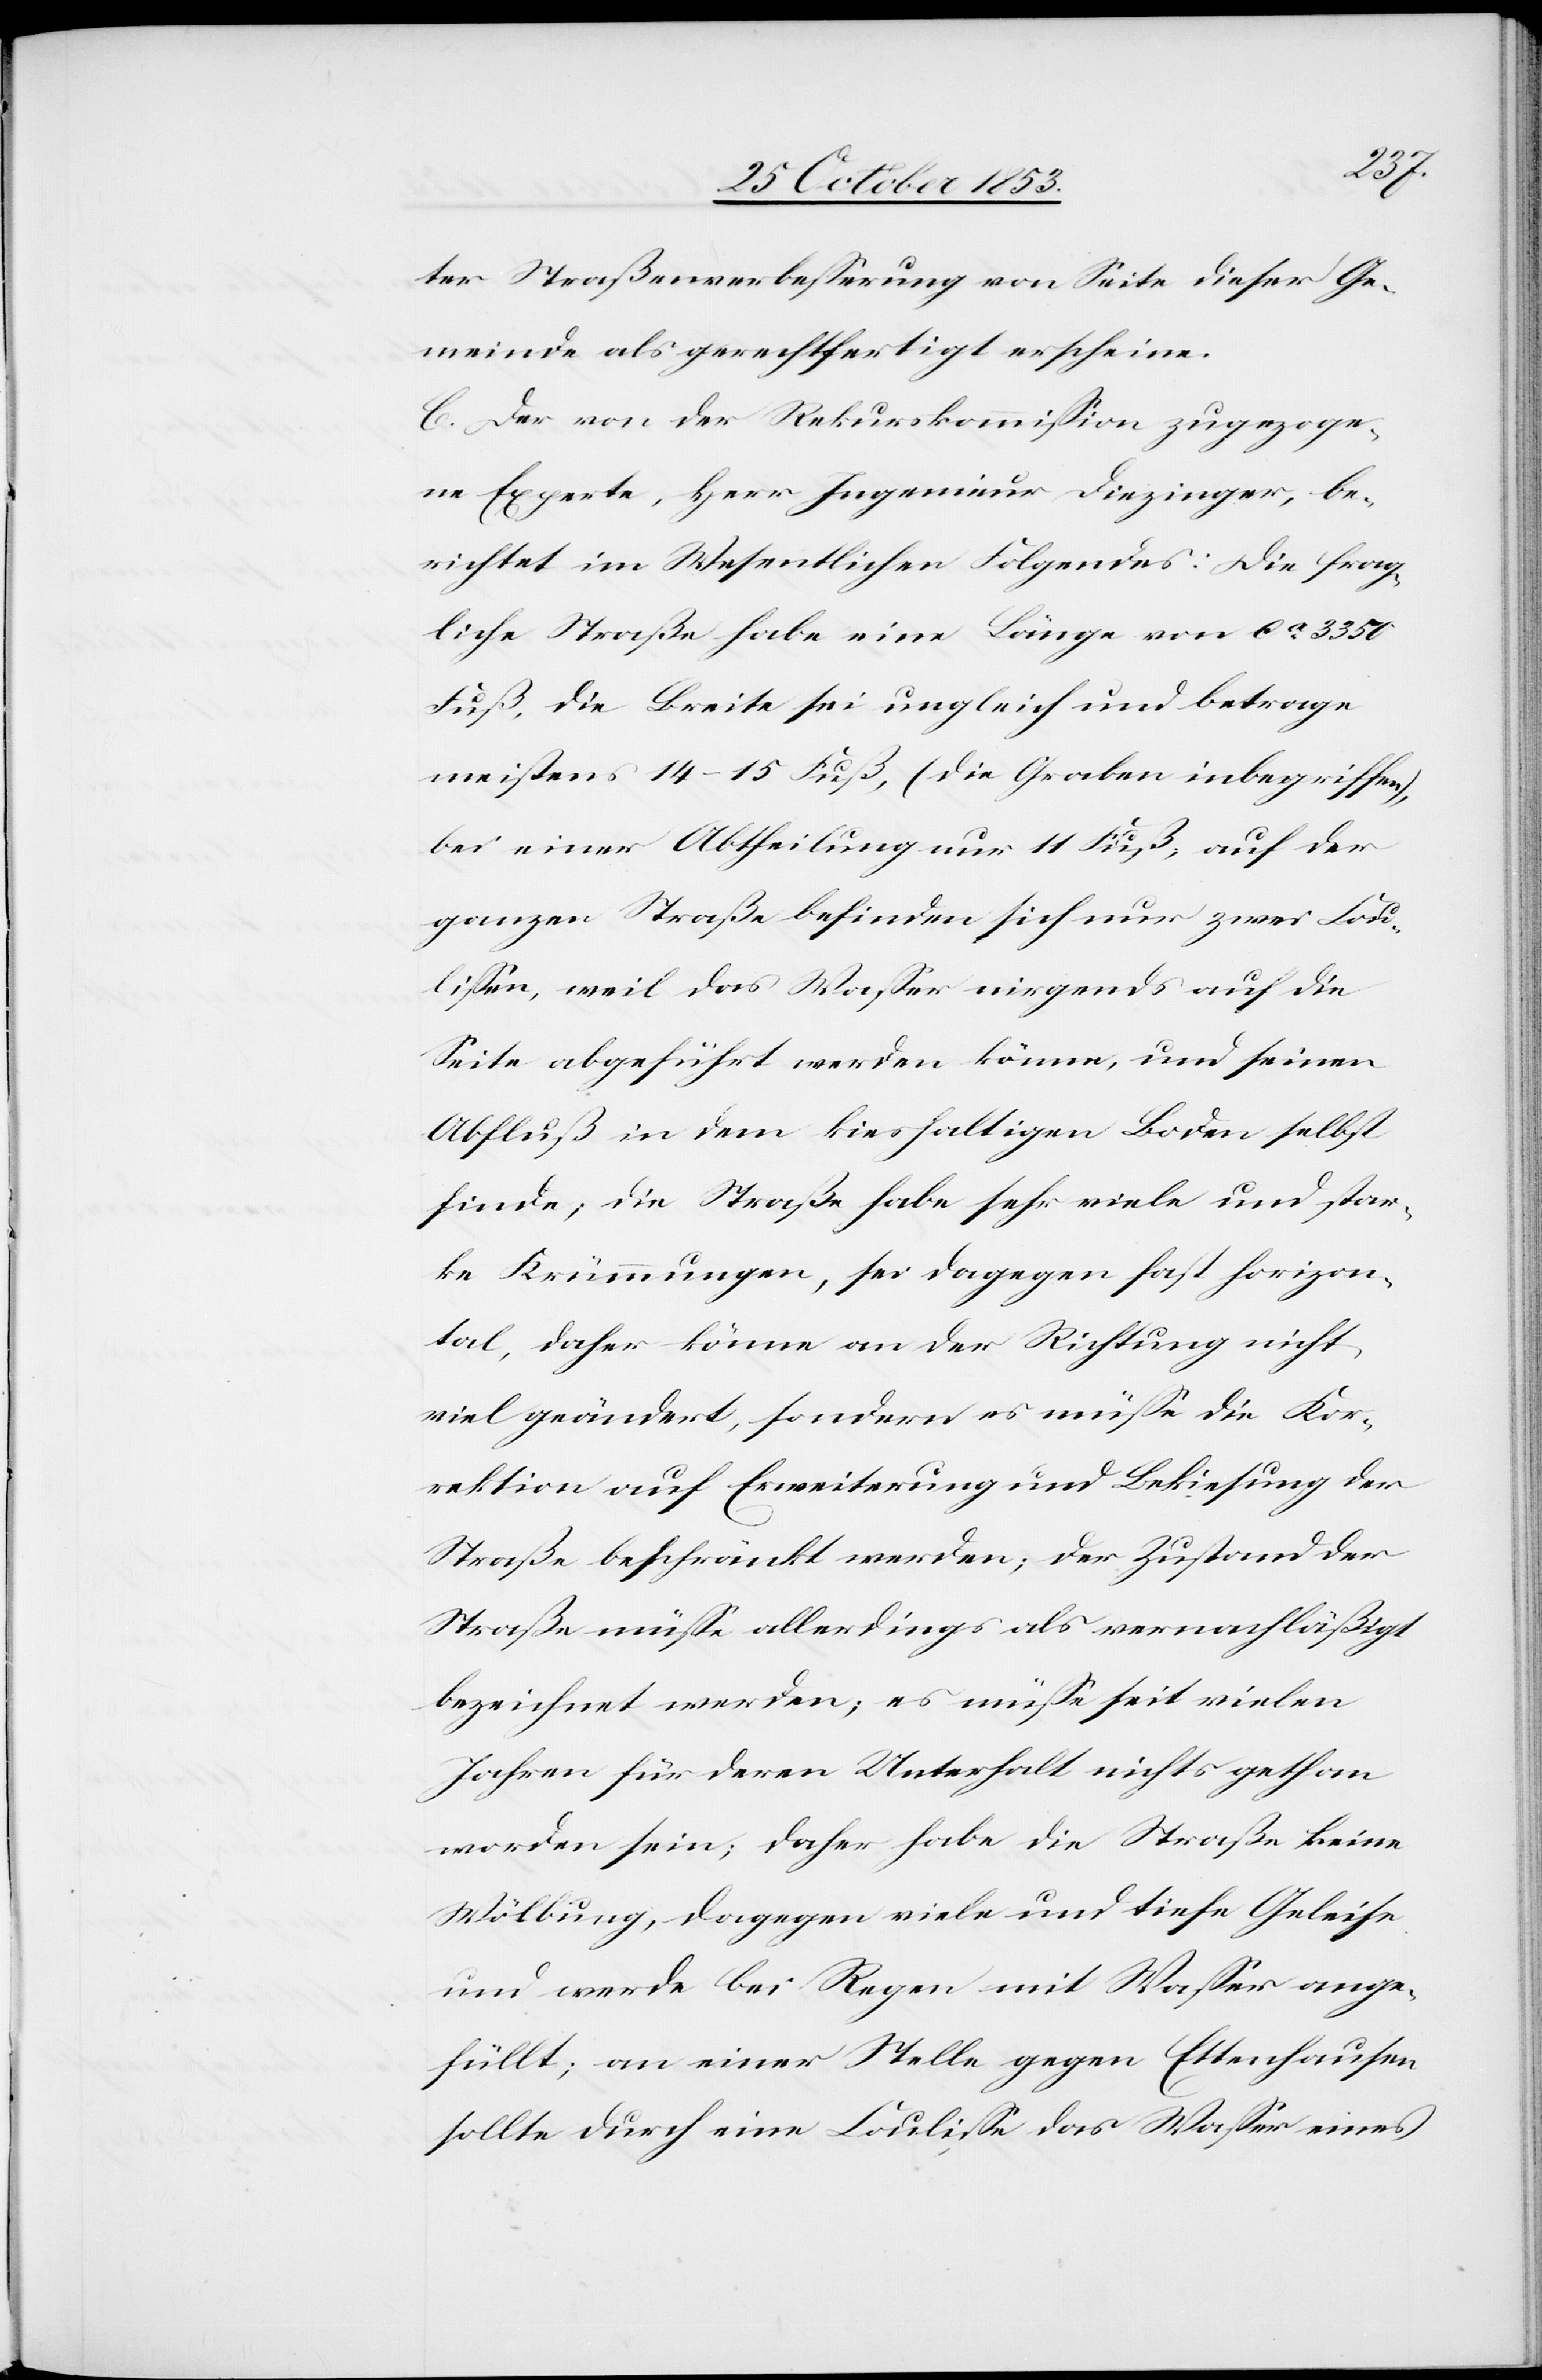
ter Straßenverbeßerung von Seite dieser Ge¬
meinde als gerechtfertigt erscheine.
C. Der von der Rekurskommißion zugezoge¬
ne Experte, Herr Ingenieur Diezinger, be¬
richtet im Wesentlichen Folgendes: Die frag¬
liche Straße habe eine Länge von ca 3350
Fuß, die Breite sei ungleich und betrage
meistens 14–15 Fuß, (die Graben inbegriffen),
bei einer Abtheilung nur 11 Fuß, auf der
ganzen Straße befinden sich nur zwei Cou¬
lißen, weil das Waßer nirgends auf die
Seite abgeführt werden könne, und seinen
Abfluß in dem kieshaltigen Boden selbst
finde, die Straße habe sehr viele und star¬
ke Krümmungen, sei dagegen fast horizon¬
tal, daher könne an der Richtung nicht
viel geändert, sondern es müße die Kor¬
rektion auf Erweiterung und Bekiesung der
Straße beschränkt werden; der Zustand der
Straße müße allerdings als vernachläßigt
bezeichnet werden; es müße seit vielen
Jahren für deren Unterhalt nichts gethan
worden sein, daher habe die Straße keine
Wölbung, dagegen viele und tiefe Geleise
und werde bei Regen mit Waßer ange¬
füllt; an einer Stelle gegen Ettenhausen
sollte durch eine Couliße das Waßer eines